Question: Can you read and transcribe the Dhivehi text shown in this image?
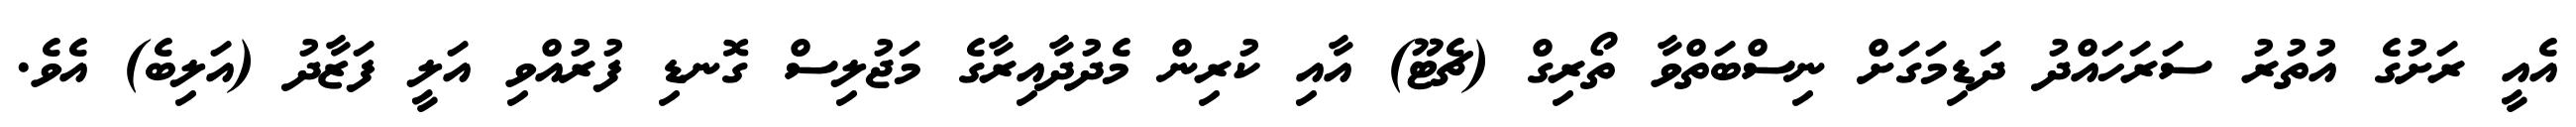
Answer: އެއީ ރަށުގެ އުތުރު ސަރަހައްދު ދަޑިމަގަށް ނިސްބަތްވާ ތޯރިގް (ޗެޓޫ) އާއި ކުރިން މެދުދާއިރާގެ މަޖުލިސް ގޮނޑި ފުރުއްވި އަލީ ފަޒާދު (އަލިބެ) އެވެ.